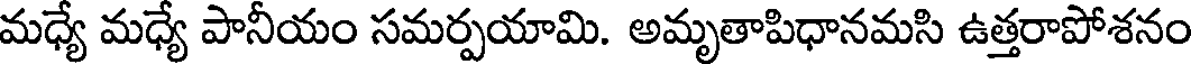
మధ్యే మధ్యే పానీయం సమర్పయామి. అమృతాపిధానమసి ఉత్తరాపోశనం